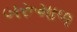
બરૂમાળ